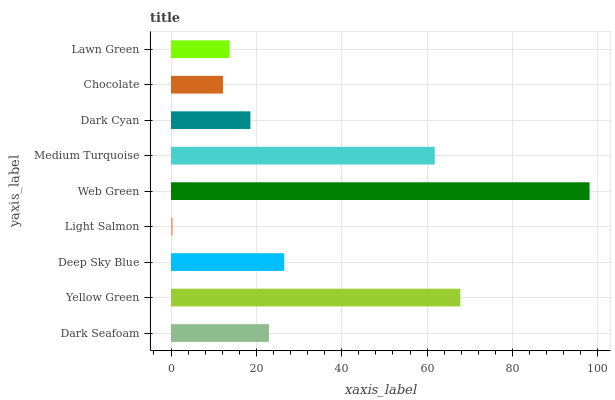
| yaxis_label | bars |
 | --- | --- |
 | Dark Seafoam | 22.9 |
 | Yellow Green | 67.8 |
 | Deep Sky Blue | 26.5 |
 | Light Salmon | 0.426 |
 | Web Green | 98.1 |
 | Medium Turquoise | 61.8 |
 | Dark Cyan | 18.6 |
 | Chocolate | 12.2 |
 | Lawn Green | 13.7 |